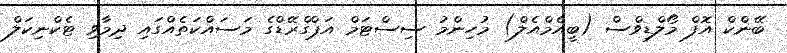
ބޭންކް އޮފް މޯލްޑިވްސް (ބީއެމްއެލް) މުހިންމު ސިސްޓަމް އަޕްގްރޭޑްގެ މަސައްކަތެއްގައި ދިމާވި ޓެކްނިކަލް